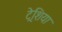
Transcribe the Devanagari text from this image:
ट्रेशिया